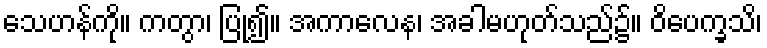
သေဟန်ကို။ ကတွာ၊ ပြု၍။ အကာလေန၊ အခါမဟုတ်သည်၌။ ဝိပေက္ခသိ၊